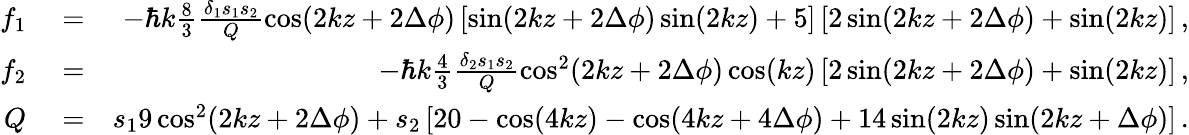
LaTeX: \begin{array}{rlr}{f_{1}}&{{}=}&{-\hbar k\frac{8}{3}\frac{\delta_{1}s_{1}s_{2}}{Q}\cos(2kz+2\Delta\phi)\left[\sin(2kz+2\Delta\phi)\sin(2kz)+5\right]\left[2\sin(2kz+2\Delta\phi)+\sin(2kz)\right]\, ,}\\ {f_{2}}&{{}=}&{-\hbar k\frac{4}{3}\frac{\delta_{2}s_{1}s_{2}}{Q}\cos^{2}(2kz+2\Delta\phi)\cos(kz)\left[2\sin(2kz+2\Delta\phi)+\sin(2kz)\right]\, ,}\\ {Q}&{{}=}&{s_{1}9\cos^{2}(2kz+2\Delta\phi)+s_{2}\left[20-\cos(4kz)-\cos(4kz+4\Delta\phi)+14\sin(2kz)\sin(2kz+\Delta\phi)\right]\, .}\end{array}